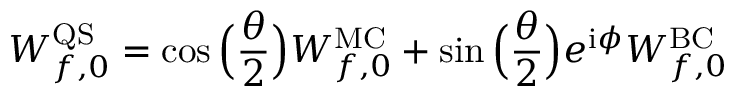
W _ { f , 0 } ^ { \mathrm { Q S } } = \cos \Big ( \frac { \theta } { 2 } \Big ) W _ { f , 0 } ^ { \mathrm { M C } } + \sin \Big ( \frac { \theta } { 2 } \Big ) e ^ { \mathrm { i } \phi } W _ { f , 0 } ^ { \mathrm { B C } }